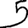
Digit: 5